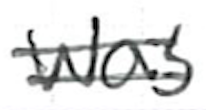
Text: was
Cross-out: double-line
Writing tool: ballpoint